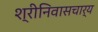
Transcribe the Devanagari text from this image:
श्रीनिवासचार्य